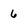
Character: 6